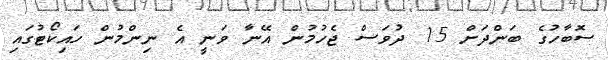
ސޮބާހުގެ ބަންދަށް 15 ދުވަސް ޖެހުމުން އޭނާ ވަނީ އެ ނިންމުން ހައިކޯޓުގައި